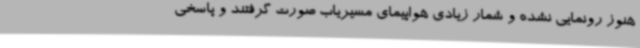
هنوز رونمایی نشده و شمار زیادی هواپیمای مسیریاب صورت گرفتند و پاسخی